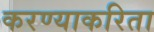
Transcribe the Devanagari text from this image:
करण्‍याकरिता